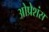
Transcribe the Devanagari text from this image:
ओप्रेशंस